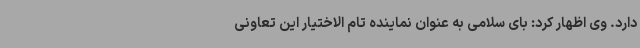
دارد. وی اظهار کرد: بای سلامی به عنوان نماینده تام الاختیار این تعاونی